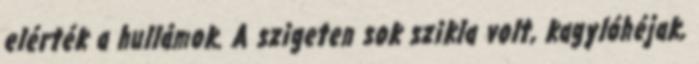
elérték a hullámok. A szigeten sok szikla volt, kagylóhéjak,